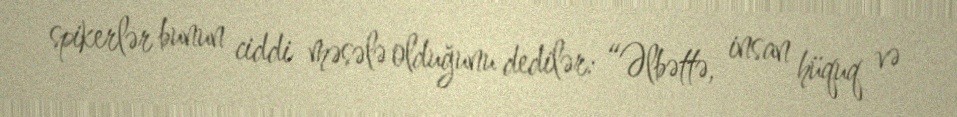
spikerlər bunun ciddi məsələ olduğunu dedilər: “Əlbəttə, insan hüquq və